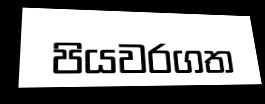
පියවරගත